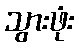
သွားဖုံး